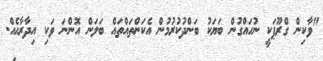
"ވާކިން ގްރޫޕަކީ ނުހައްގުން ބަޔަކު ބަންދުކުރުމުން އެކަންތައްތައް ބަލަން އޮންނަ ވަކި އިދާރާއެއް.